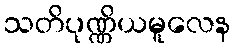
သတိပုဏ္ဏိယမူလေန